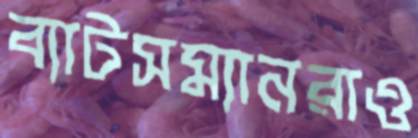
ব্যাটসম্যানরাও